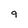
Character: 9